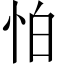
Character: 怕